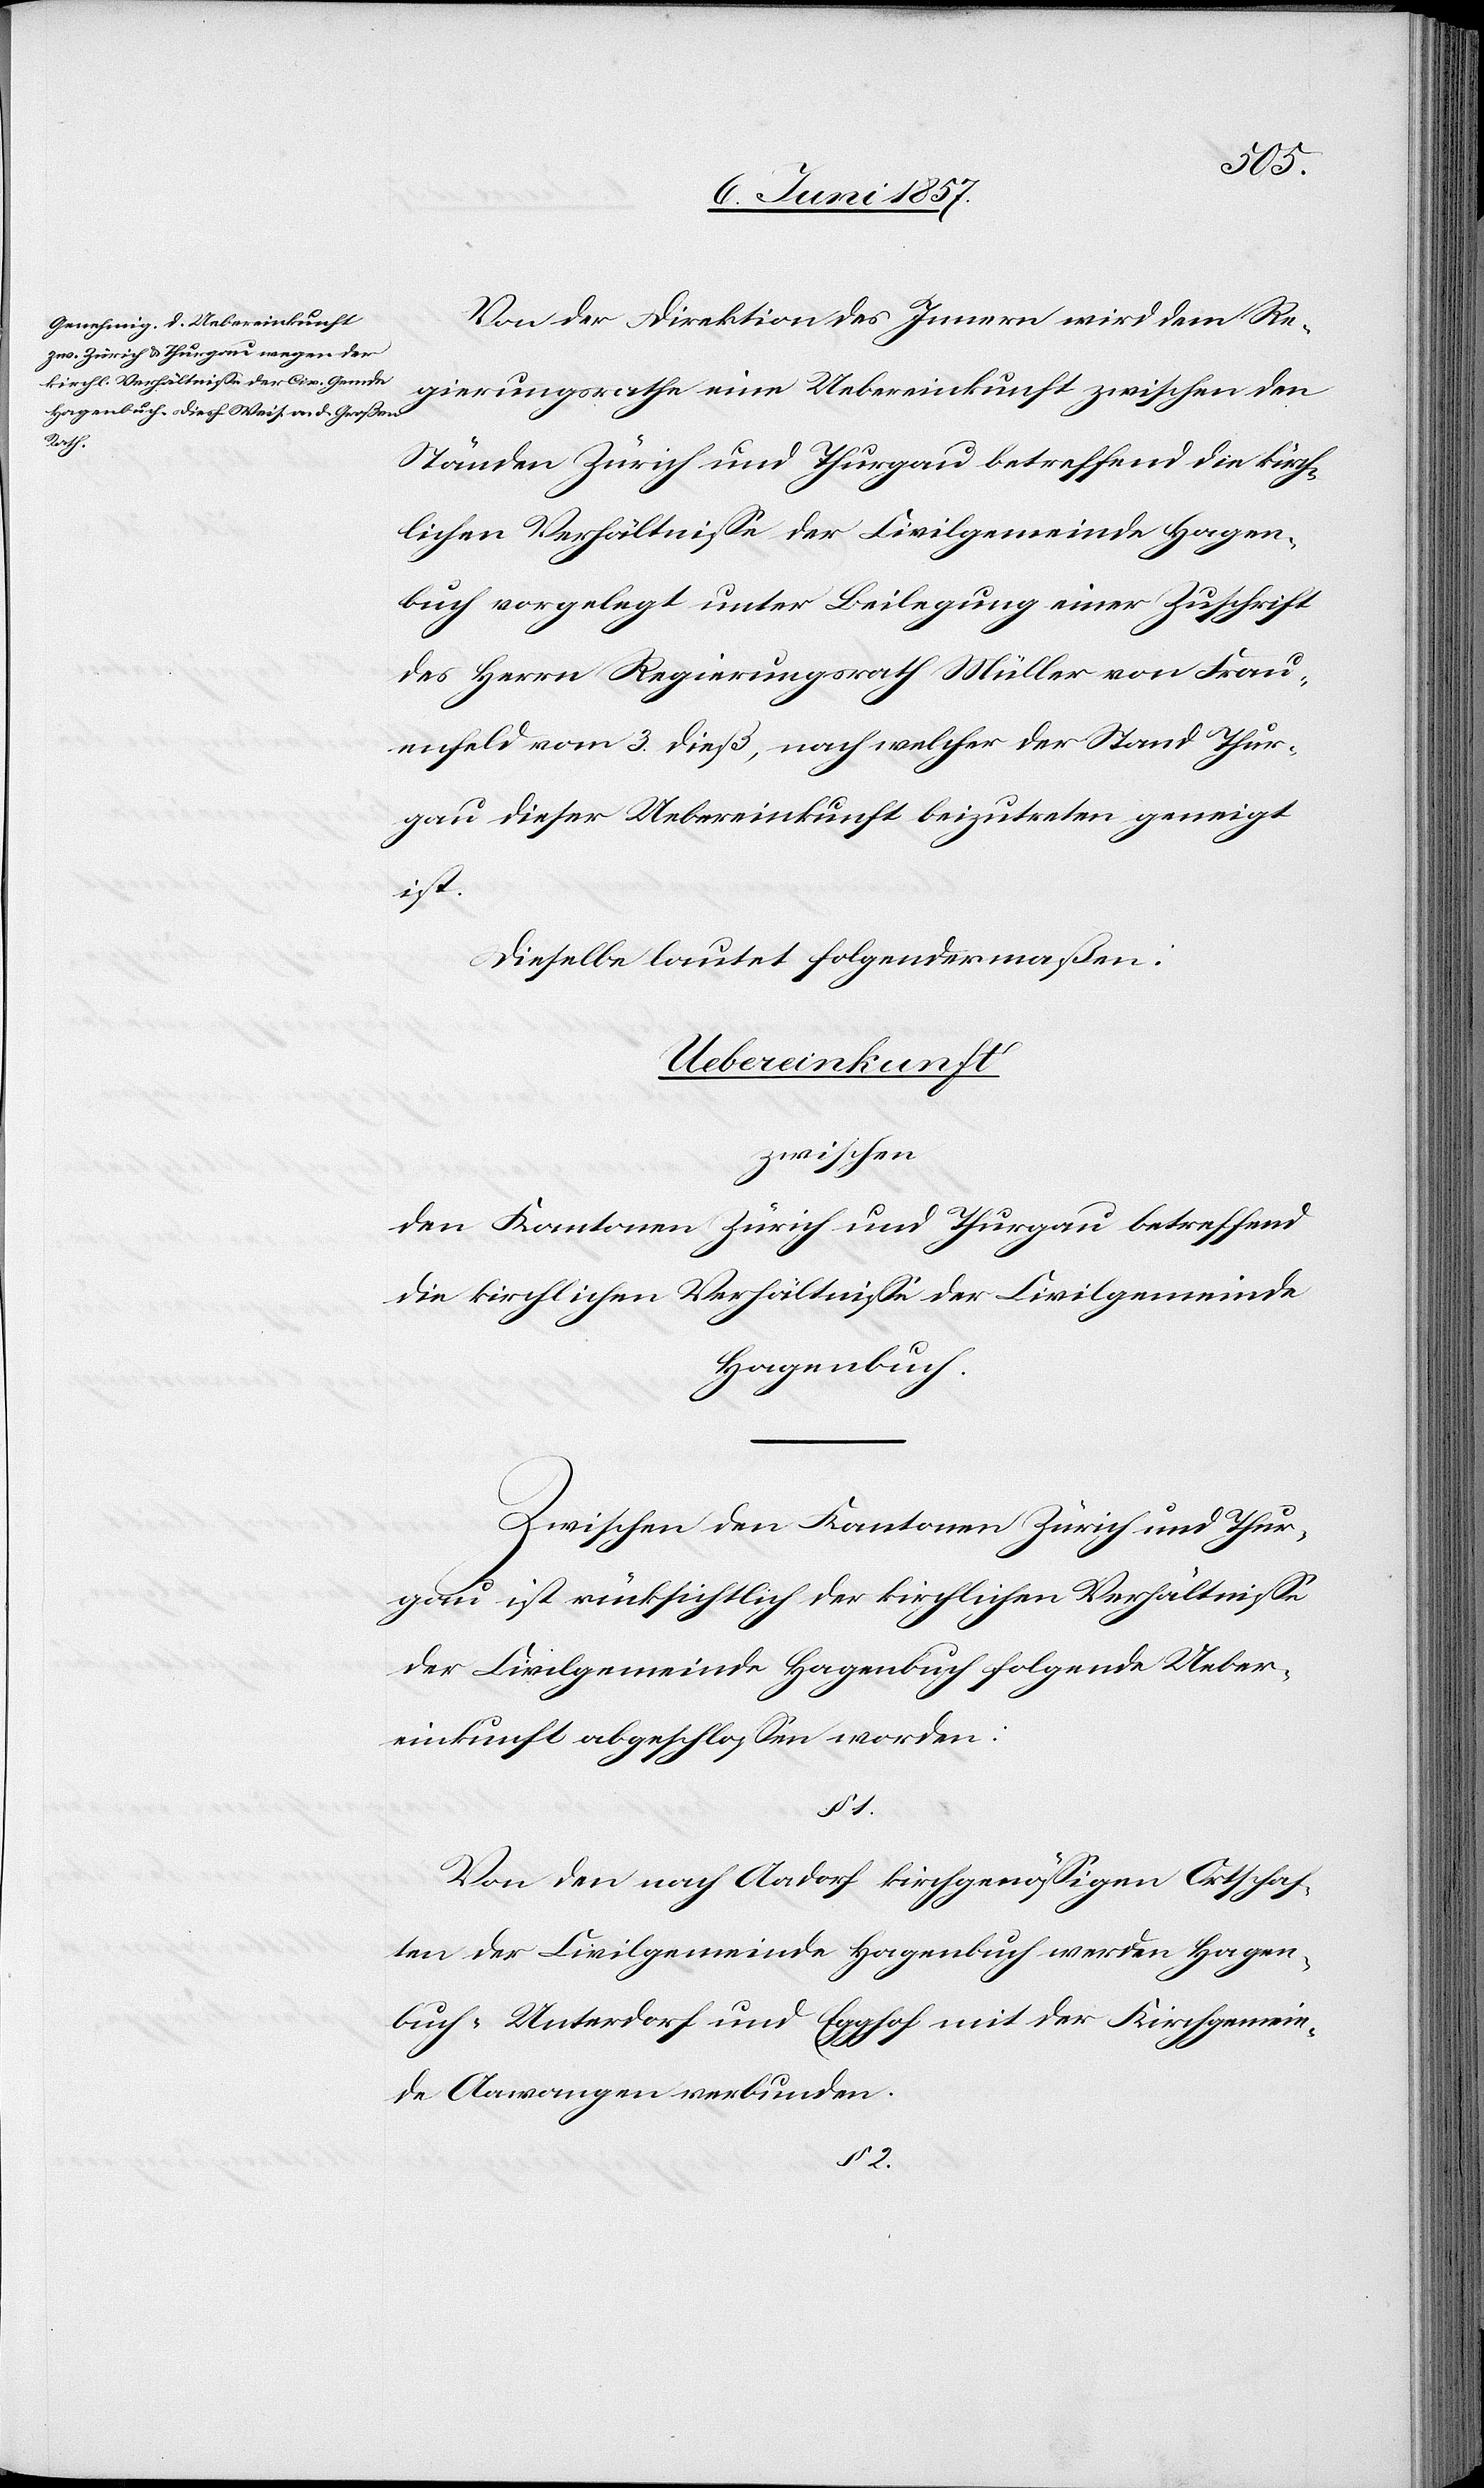
Von der Direktion des Innern wird dem Re¬
gierungsrathe eine Uebereinkunft zwischen den
Ständen Zürich und Thurgau betreffend die kirch¬
lichen Verhältnisse der Civilgemeinde Hagen¬
buch vorgelegt unter Beilegung einer Zuschrift
des Herrn Regierungsrath Müller von Frau¬
enfeld vom 3 dieß, nach welcher der Stand Thur¬
gau dieser Uebereinkunft beizutreten geneigt
ist.
Dieselbe lautet folgendermaßen:
Uebereinkunft
zwischen
den Kantonen Zürich und Thurgau betreffend
die kirchlichen Verhältnisse der Civilgemeinde
Hagenbuch.
Zwischen den Kantonen Zürich und Thur¬
gau ist rücksichtlich der kirchlichen Verhältnisse
der Civilgemeinde Hagenbuch folgende Ueber¬
einkunft abgeschlossen worden:
§ 2.
Von den nach Aadorf kirchgenössigen Ortschaf¬
ten der Civilgemeinde Hagenbuch werden Hagen¬
buch-Unterdorf und Egghof mit der Kirchgemein¬
de Aawangen verbunden.